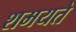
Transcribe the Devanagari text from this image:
शमयते